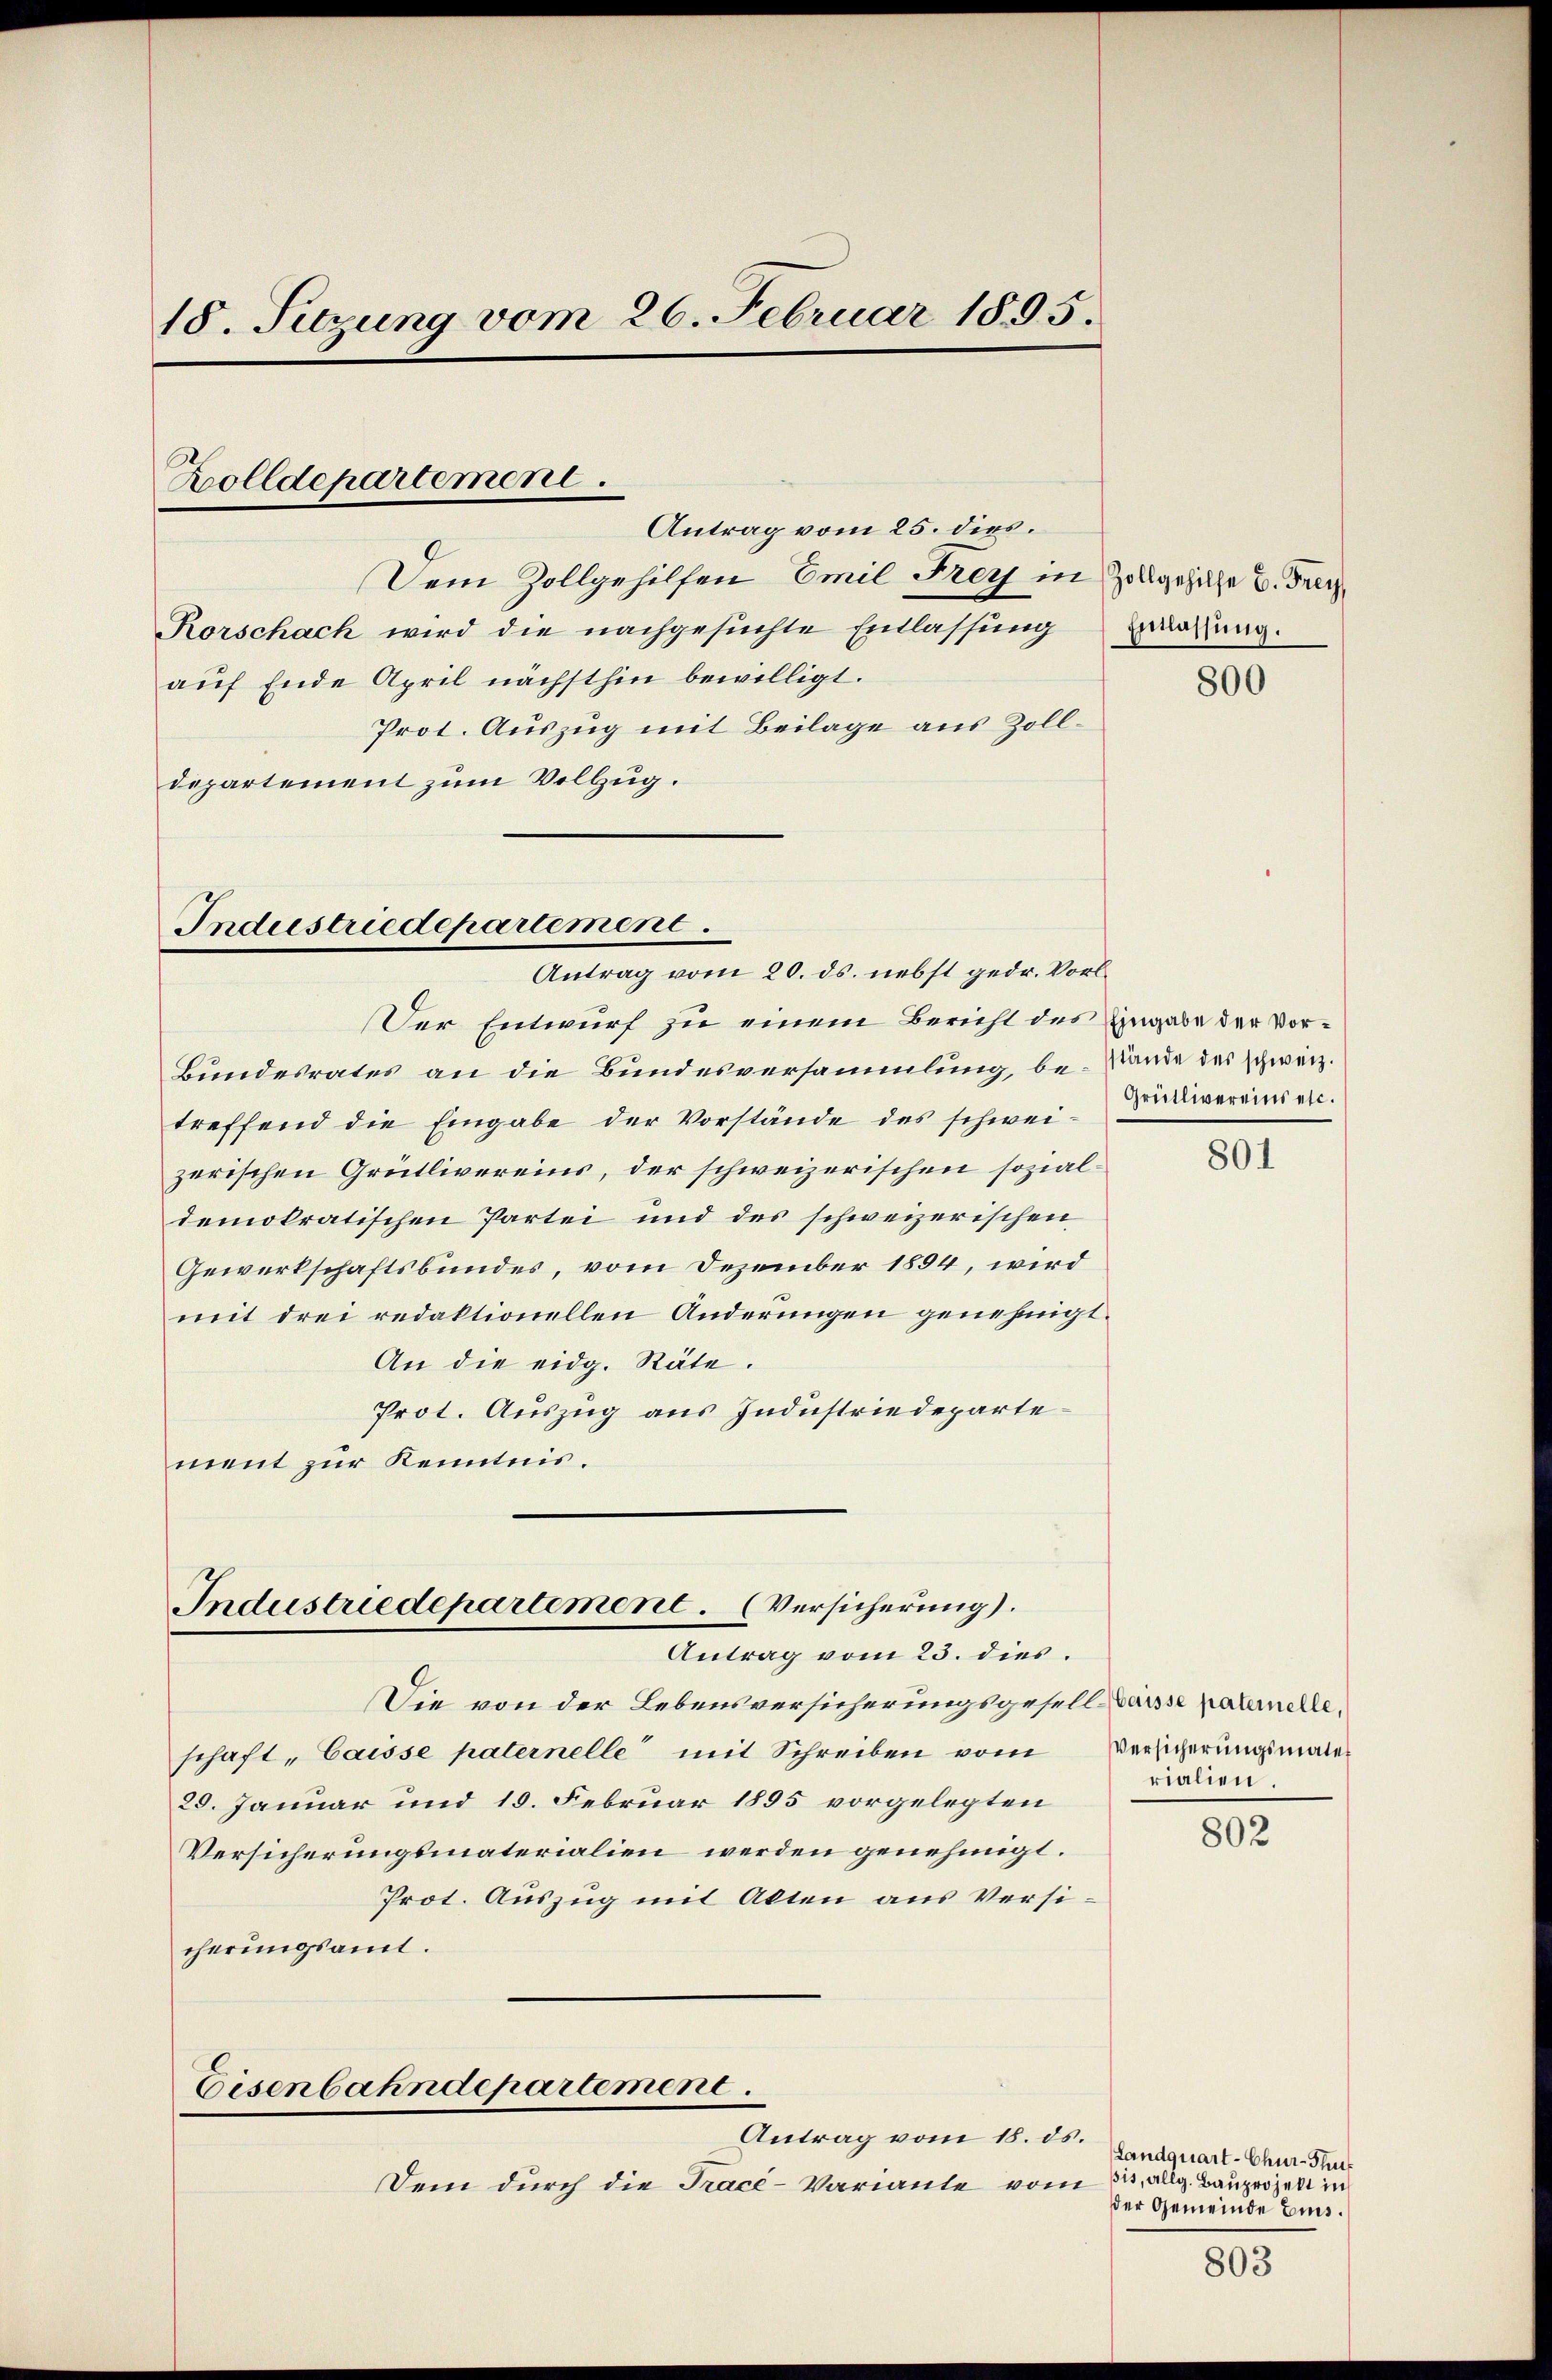
18. Setzung vom 26. Februar 1895.
Zolldepartement.
Antrag vom 25. dies
Dem Zollgehilfen Emil Frey in Zollgesehe u. Freyz
Rorschach wird die nachgesuchte Entlassung zwirrung.
auf Ende April nächsthin bewilligt.

Prot. Auszug mit Beilage aus Zolldepartement zum Vollzug.

Industriedepartement.
Antrag vom 20. ds. nebst gedr. Vorl¬

Industriedepartement. (Versicherung).
Antrag vom 23. dies.

Der Entwurf zu einem Bericht des Eingabe der Vor¬
Bundesrates an die Bundesversammlung, be-Lande des schweiz.
treffend die Eingabe der Vorstände des schweizerischen Grütlivereins, der schweizerischen sozialdemokratischen Partei und des schweizerischen
Gewerkschaftsbundes, vom Dezember 1894, wird
mit drei redaktionellen Änderungen genehmigt.
An die eidg. Räte.
Prot. Auszug aus Industriedepartement zur Kenntnis.

Die von der Lebensversicherungsgesell dasse paternelle,
schaft-Caisse paternelle mit Schreiben vom Versicherungsmate¬
29. Januar und 10. Februar 1895 vorgelegten
Versicherungsmaterialien werden genehmigt.
Prot. Auszug mit Akten aus Versicherungsamt.

Eisenbahndepartement.

Antrag vom 18. ds.
Dem durch die Tracé-Variante vom 24. Allg. Bauprojekt in

800

Grütlivereins etc.

801

rialien.

802

Landquart-Chur-Stuf
der Gemeinde Eis.

803